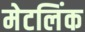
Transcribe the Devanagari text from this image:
मेटलिंक